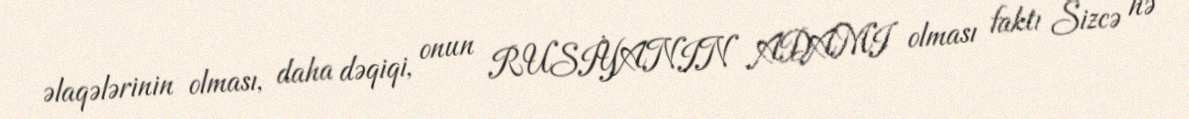
əlaqələrinin olması, daha dəqiqi, onun RUSİYANIN ADAMI olması faktı Sizcə nə